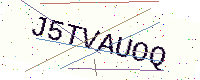
Text: J5TVAUOQ